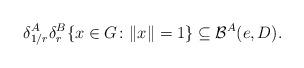
LaTeX: \begin{align*}\delta_{1/r}^{A}\delta_{r}^{B} \{ x\in G\colon \|x\|=1 \} \subseteq \mathcal{B}^{A}(e,D).\end{align*}